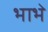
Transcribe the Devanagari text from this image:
भाभे